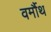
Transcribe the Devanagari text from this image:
वर्मौथ